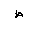
Letter: _da